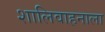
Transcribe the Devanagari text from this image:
शालिवाहनाला